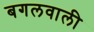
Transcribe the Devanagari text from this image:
बगलवाली